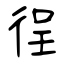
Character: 徎